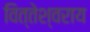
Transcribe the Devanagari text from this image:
वित्तेश्वराय